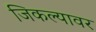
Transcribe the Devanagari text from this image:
जिकल्यावर